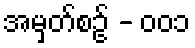
အမှတ်စဥ် - ၀၀၁